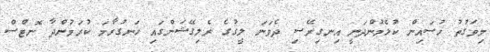
މިވަގުތު ހުސައިން ކުޅެމުންދަނީ އިނގިރޭސި ދެވަނަ ލީގުގެ ރެލިގޭޝަންގައި ހަނގުރާމަ ކުރަމުންދާ ނޮޓްސް